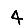
Digit: 4